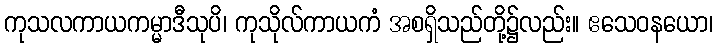
ကုသလကာယကမ္မာဒီသုပိ၊ ကုသိုလ်ကာယကံ အစရှိသည်တို့၌လည်း။ ဧသေဝနယော၊